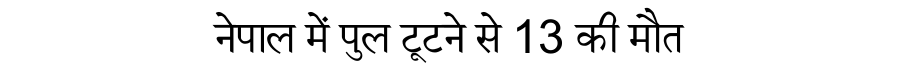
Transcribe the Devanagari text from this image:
नेपाल में पुल टूटने से 13 की मौत